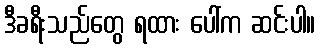
ဒီခရီးသည်တွေ ရထား ပေါ်က ဆင်းပါ။